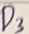
Text: D3